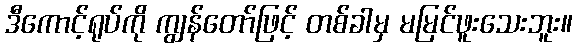
ဒီကောင့်ရုပ်ကို ကျွန်တော်ဖြင့် တစ်ခါမှ မမြင်ဖူးသေးဘူး။